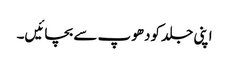
اپنی جلد کودھوپ سے بچائیں۔